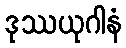
ဒုဿယုဂါနံ